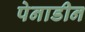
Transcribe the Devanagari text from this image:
पेनाडीन